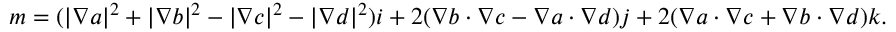
\boldsymbol { m } = ( | \boldsymbol { \nabla } a | ^ { 2 } + | \boldsymbol { \nabla } b | ^ { 2 } - | \boldsymbol { \nabla } c | ^ { 2 } - | \boldsymbol { \nabla } d | ^ { 2 } ) \boldsymbol { i } + 2 ( \boldsymbol { \nabla } b \cdot \boldsymbol { \nabla } c - \boldsymbol { \nabla } a \cdot \boldsymbol { \nabla } d ) \boldsymbol { j } + 2 ( \boldsymbol { \nabla } a \cdot \boldsymbol { \nabla } c + \boldsymbol { \nabla } b \cdot \boldsymbol { \nabla } d ) \boldsymbol { k } .